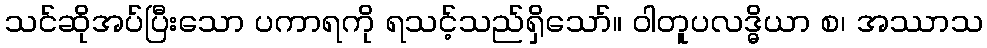
သင်ဆိုအပ်ပြီးသော ပကာရကို ရသင့်သည်ရှိသော်။ ဝါတူပလဒ္ဓိယာ စ၊ အဿာသ